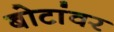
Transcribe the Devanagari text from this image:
बोटांवर